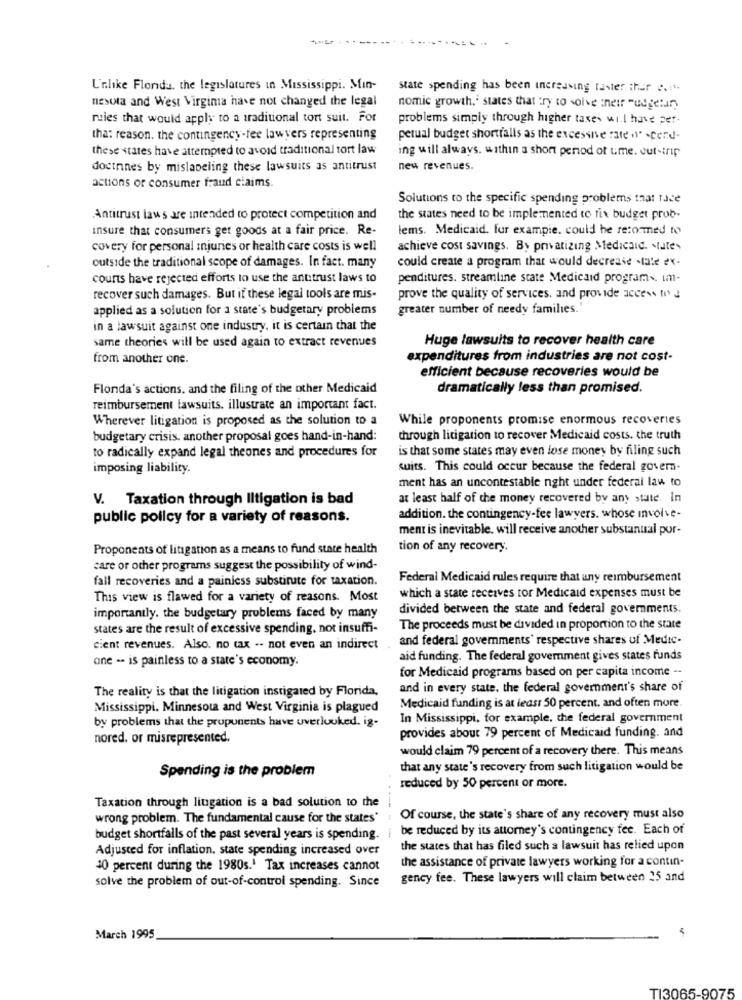
L'nlike Florida, the legislatures in Mississippi. Min-
state spending has been increasing taster thur c .: 1.
nesota and West Virgima have not changed the legal
nomic growth.' states that try to solve their "udgetur,
rules that would apply to a traditional tort suit. For
problems simply through higher taxes will have per-
tha: reason. the contingency-fee lawyers representing
perual budget shortfalls as the excessive rate "" -cend-
these states have attempted to avoid traditional tort law
ing will always. within a short period of time. cutstrip
doctnnes by mislabeling these lawsuits as antitrust
new revenues.
actions of consumer fraud claims.
Solutions to the specific spending problems that face
Antitrust laws are intended to protect competition and
the states need to be implemented to fix budget prob-
Insure that consumers get goods at a fair price. Re-
lems. Medicaid. for example. could he re:onmed to
covery for personal injuries or health care costs is well
achieve cost savings. By privatizing Medicaid. Mate
outside the traditional scope of damages. In fact. many
could create a program that would decrease .lale ex-
courts have rejected efforts to use the antitrust laws to
penditures. streamline state Medicaid programs. im-
recover such damages. But if these legal tools are mis-
prove the quality of services, and provide access to !
applied as a solution for a state's budgetary problems
greater number of needy families.
in a lawsuit against one industry, it is certain that the
same theories will be used again to extract revenues
Huge lawsuits to recover health care
from another one.
expenditures from industries are not cost-
efficient because recoveries would be
Flonda's actions, and the filing of the other Medicaid
dramatically less than promised.
reimbursement lawsuits. illustrate an important fact.
Wherever litigation is proposed as the solution to a
While proponents promise enormous recoveries
budgetary crisis. another proposal goes hand-in-hand:
through litigation to recover Medicaid costs. the truth
to radically expand legal theones and procedures for
is that some states may even lose money by filing such
imposing liability.
suits. This could occur because the federal govem-
ment has an uncontestable nght under federal law to
V. Taxation through Iltigation is bad
at least half of the money recovered by any state. In
public poilcy for a variety of reasons.
addition. the contingency-fee lawyers. whose involve-
ment is inevitable. will receive another substanual por-
Proponents of litigation as a means to fund state health
tion of any recovery.
care or other programs suggest the possibility of wind-
fall recoveries and a painless substitute for taxation.
Federal Medicaid rules require that any reimbursement
This view is flawed for a variety of reasons. Most
which a state receives ror Medicaid expenses must be
divided between the state and federal governments.
importantly. the budgetary problems faced by many
states are the result of excessive spending. not insuffi-
The proceeds must be divided in proportion to the state
and federal governments' respective shares of Medic-
cient revenues. Also. no tax .. not even an indirect
one -- is painless to a state's economy.
aid funding. The federal government gives states funds
for Medicaid programs based on per capita income --
The reality is that the litigation instigared by Florida,
and in every state. the federal government's share of
Mississippi. Minnesota and West Virginia is plagued
Medicaid funding is at least 50 percent. and often more
by problems that the proponents have overlooked. ig-
In Mississippi, for example, the federal government
nored. or misrepresented.
provides about 79 percent of Medicaid funding. and
would claim 79 percent of a recovery there. This means
Spending is the problem
that any state's recovery from such litigation would be
reduced by 50 percent or more.
Taxation through liugation is a bad solution to the
---
wrong problem. The fundamental cause for the states"
Of course, the state's share of any recovery must also
be reduced by its attorney's contingency fee. Each of
budget shortfalls of the past several years is spending. i
Adjusted for inflation. state spending increased over
the states that has filed such a lawsuit has relied upon
the assistance of private lawyers working for a contin-
10 percent during the 1980s.1 Tax increases cannot
solve the problem of out-of-control spending. Since
gency fee. These lawyers will claim between 25 and
March 1995
TI3065-9075